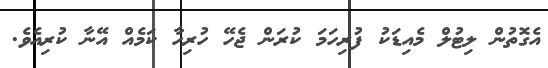
އެގޮތުން ލިޓުލް މެއިޑަކު ފުރިހަމަ ކުރަން ޖެހޭ ހުރިހާ ކަމެއް އޭނާ ކުރިއެވެ.